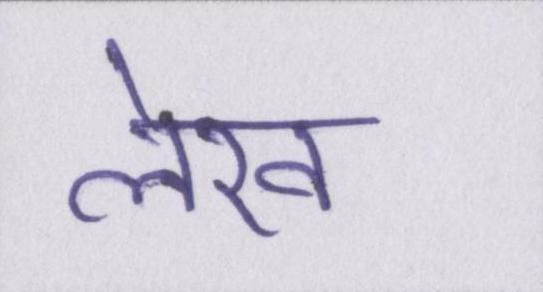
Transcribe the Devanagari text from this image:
लेख